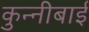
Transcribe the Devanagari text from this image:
कुन्नीबाई